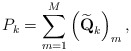
\begin{align*}P_k=\sum_{m=1}^M \left(\widetilde{\textbf{Q}}_k\right)_{m},\end{align*}